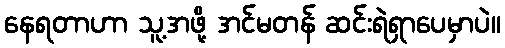
နေရတာဟာ သူ့အဖို့ အင်မတန် ဆင်းရဲရှာပေမှာပဲ။